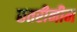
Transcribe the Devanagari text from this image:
छतरीनीम